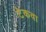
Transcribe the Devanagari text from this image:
टेकवा